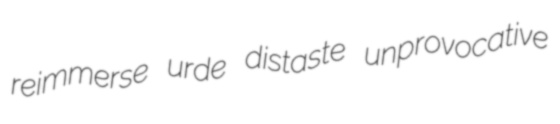
reimmerse urde distaste unprovocative